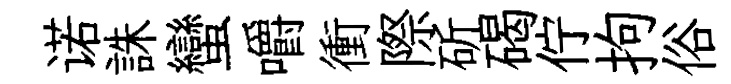
诺誅蠻嚼衝際斫碣佇拘俗